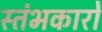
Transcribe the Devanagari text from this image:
स्‍तंभकारों